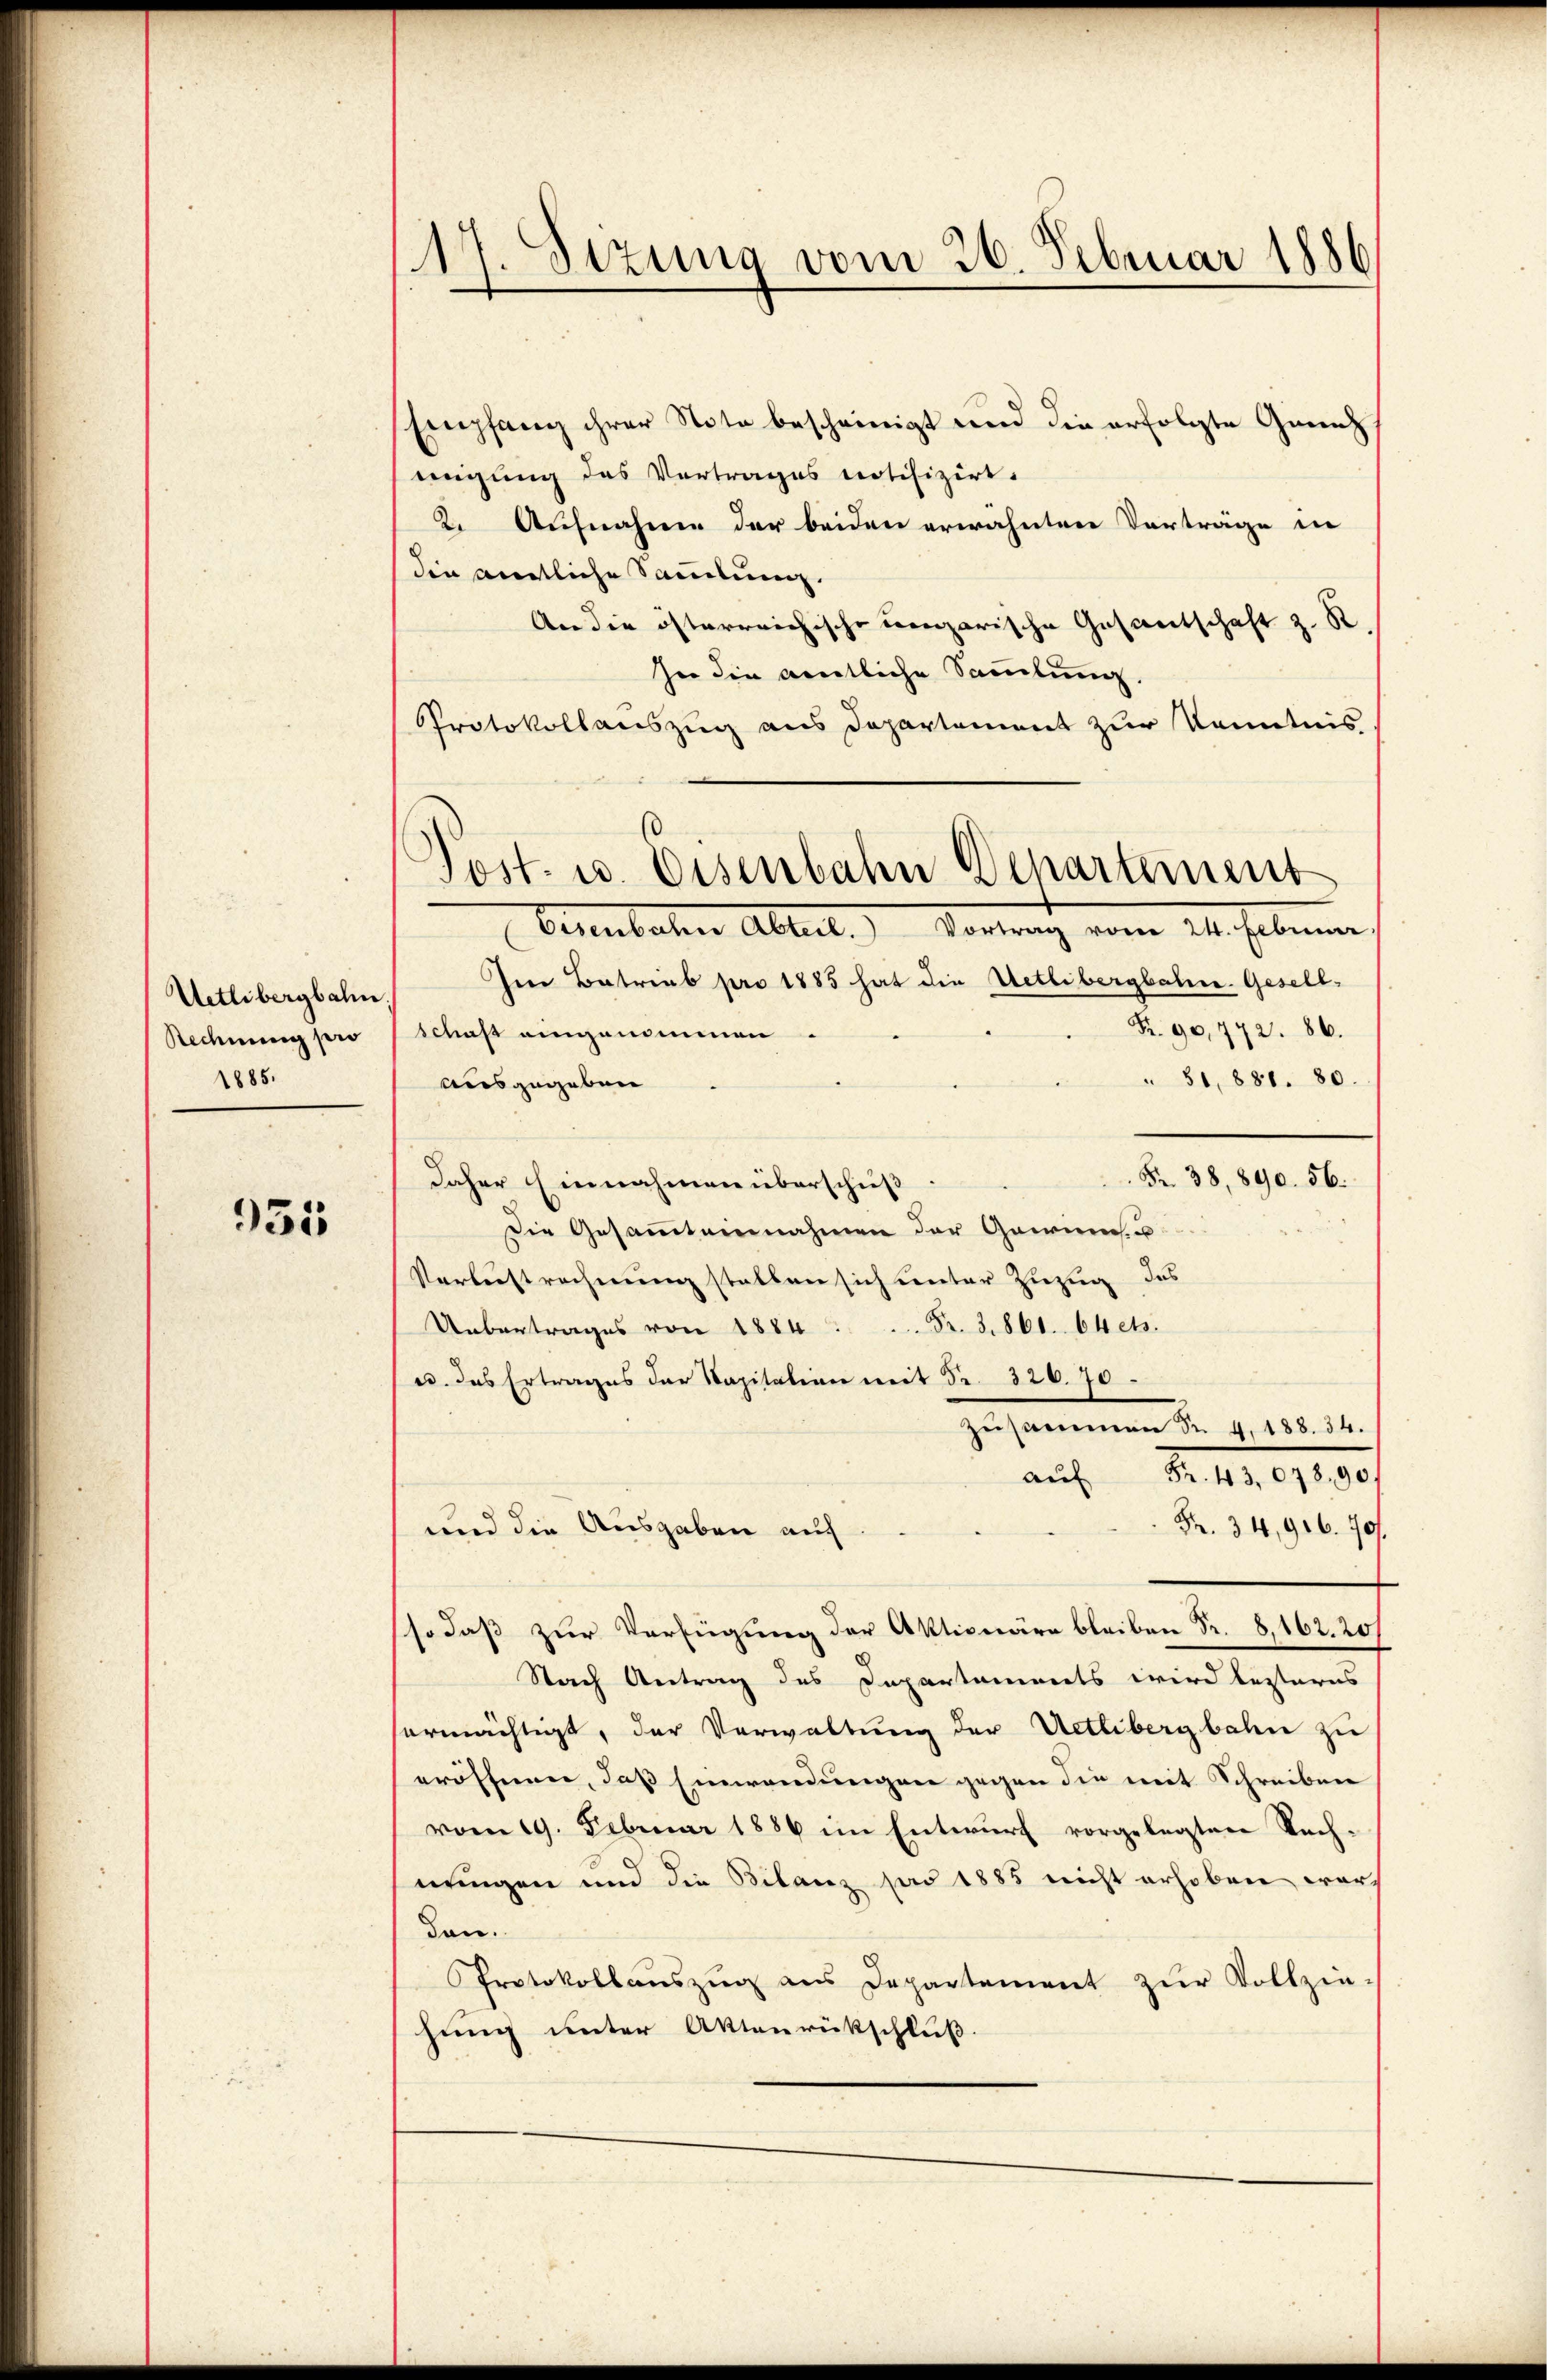
Uetlibergbahn.
Rechnung pro
1885.

935

17. Sezung vom 26. Februar 1886

Empfang ihrer Note bescheinigt und die erfolgte Grenz
dingung des Vortrages notifizirt.
2. Aufnahme der beiden erwähnten Vorträge in
die amtliche Samlung.
An die österreichische vengarische Gesandtschaft z. R.
her die amtliche Sammlung
Protokollauszug aus Departement zur Kenntnis
Eisenbachen Abteil. Vortrag vom 24. Februnn,
Im Betreub pro 1885 hat die Uetlibergbahne Gesell-
Fr. 90,772. 86.
schaft eingenommen.
" 31, 881. 80.
ausgegeben
Fr. 38, 890. 56.
daher Einnahmen überschuß
Die Gesammteinnahmen der Gawine
Verlustrechnung stellen sich unter Zuzug des
Uebertrages von 1884.  Fr. 3. 861. 64 ets.
u. das Ertrages der Vapitalien mit Fr. 320.70
Zusammen d. 4. 180. 14.
S. . . 1130/
auf
Fr. 34,916. 70.
und die Ausgaben auf
so daβ zŭr Verfügung der Aktionäre bleiben Fr. 8,162. 20
Nach Antrag des Departaments wird lezteres
sermächtigt, der Verwaltung der Uetlibergbahn zu
eröffnen, daß Einwendungen gegen die mit Schreiben
vom 19. Februar 1886 im Entwurf vorgelegten Sach-
nungen und die Bilanz pas 1885 nicht erhoben wurd
Dan.
Protokollaŭszŭg ans Departement zŭr Vollzin-
hung unter Aktenrückschluß.

Post. u. Eisenbahn Departement